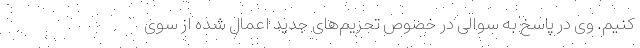
کنیم. وی در پاسخ به سوالی در خصوص تحریم‌های جدید اعمال شده از سوی